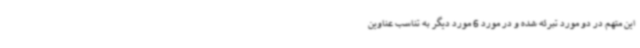
این متهم در دو مورد تبرئه شده و در مورد 6 مورد دیگر به تناسب عناوین